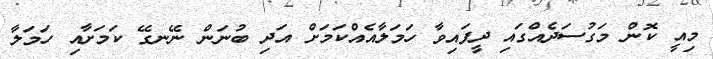
މިއީ ކޮން މަގުސަދެއްގައި ދީފައިވާ ހަމަލާއެއްކަމަށް އަދި ބުނަން ނޭނގޭ ކަމަށާއި ހަމަލާ